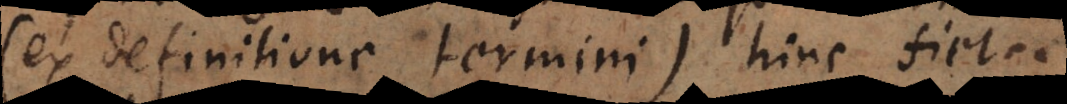
(ex definitione termini) hinc fiet